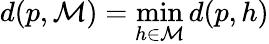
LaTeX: d(p,{\mathcal{M}})=\operatorname*{min}_{h\in{\mathcal{M}}}d(p,h)